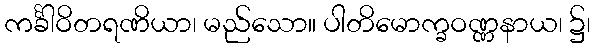
ကင်္ခါဝိတရဏိယာ၊ မည်သော။ ပါတိမောက္ခဝဏ္ဏနာယ၊ ၌၊